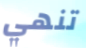
تنهي